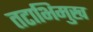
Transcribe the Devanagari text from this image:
तटाभिमुख